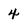
Character: 4